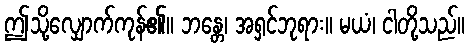
ဤသို့လျှောက်ကုန်၏။ ဘန္တေ၊ အရှင်ဘုရား။ မယံ၊ ငါတို့သည်။